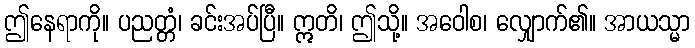
ဤနေရာကို။ ပညတ္တံ၊ ခင်းအပ်ပြီ။ ဣတိ၊ ဤသို့။ အဝေါစ၊ လျှောက်၏။ အာယသ္မာ